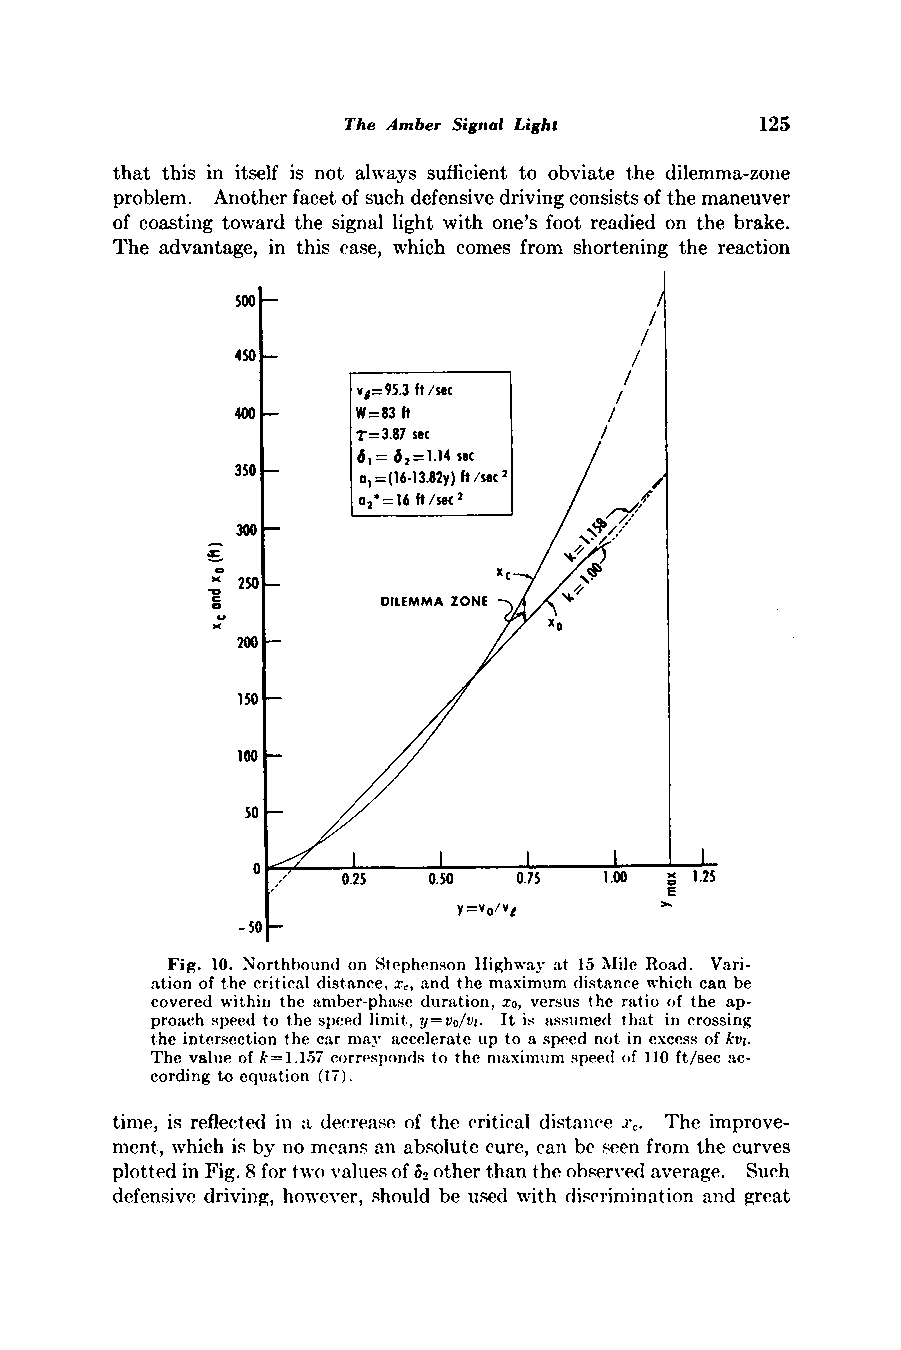
The Amber Signal Light     125
 that this in itself is not always sufficient to obviate the dilemma-zone
 problem. Another facet of such defensive driving consists of the maneuver
 of coastinig toward the signal light with one's foot readied on the brake.
 The advantage, in this case, which comes from shortening the reaction
 500
 //
 450                       /
 v4= 95.3f t/sec
 400      W=83 ft         /
 r=3.87 sec      /
 6= 62=1.14 sec
 350     o=(6 -13.82y)f t/seC2 /
 02=16ft f/S 2
 300
 N. x
 kc250
 *          DILEMMAZ ONE W
 200
 150
 100
 50
 0,
 0.25 0.50  0.75  1.00  1.25
 E
 y =v0/v1
 - 50
 Fig. 10. Northbound on Stephenson Highway at 15 Mile Road. Vari-
 ation of the critical distance, xc, and the maximum (listance which can be
 covered within the atmber-phased urattion, xo, versus the ratio of the ap-
 proach spee(dt o the speed linmit,y =vo/vI. It is assumed that in crossing
 the intersection the car may atccelerate tip to a speed not in excess of kvj.
 The valtue of k=1.1.57 corresponds to the maZxiinmuspme e(do f 110 ft/sec ac-
 cording to equation (17).
 time, is reflected in a deerease of the critical distance XC. The improve-
 ment, which is by no means an absolute cure, can be seen from the curves
 plotted in Fig. 8 for two values of 62 other than the observed average. Such
 defensive driving, however, should be used with discrimination and great